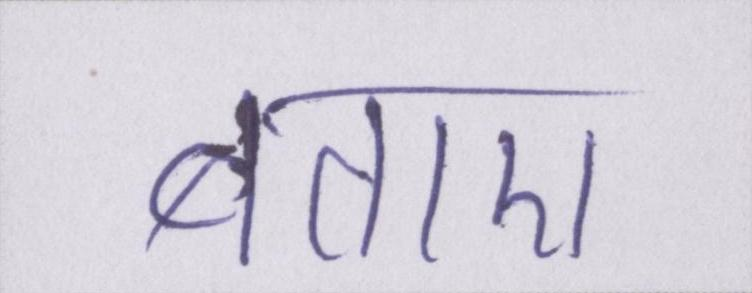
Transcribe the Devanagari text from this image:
बताए।